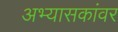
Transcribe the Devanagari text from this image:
अभ्यासकांवर